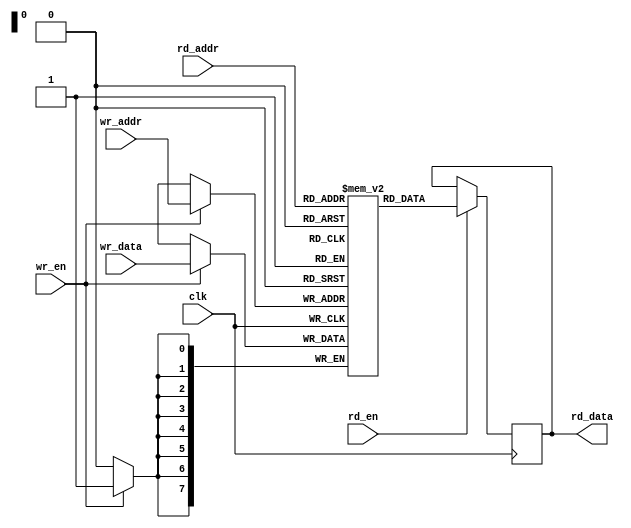
module block_ram #(
	parameter C_DATA_WIDTH = 8,
	parameter C_ADDRESS_WIDTH = 8
)(
	input clk,

	input wire wr_en,
	input wire [(C_ADDRESS_WIDTH-1):0] wr_addr,
	input wire [(C_DATA_WIDTH-1):0]    wr_data,

	input wire rd_en,
	input wire [(C_ADDRESS_WIDTH-1):0] rd_addr,
	output reg [(C_DATA_WIDTH-1):0]    rd_data
);
	reg [C_DATA_WIDTH-1:0] ram[2**C_ADDRESS_WIDTH-1:0];

	always @ (posedge clk) begin
		if (wr_en)
			ram[wr_addr] <= wr_data;
	end

	always @ (posedge clk) begin
		if (rd_en)
			rd_data <= ram[rd_addr];
	end

endmodule